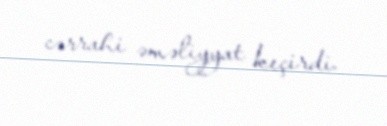
cərrahi əməliyyat keçirdi.